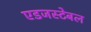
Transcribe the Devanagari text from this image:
एडजस्टेबल